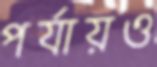
পর্যায়ও